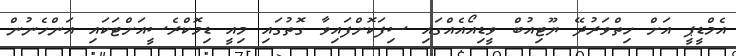
އެމްޑީޕީ އަށް ހިތްވަރުދޭ ޔޫޓިއުބް ވީޑިއޯއެއްގައި ސިފަކޮށްފައިވާ ގޮތުގައި މިއީ ޑިމޮކްރެސީއަށްޓަކައި އަންހެނުން